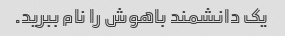
یک دانشمند باهوش را نام ببرید.